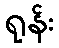
ရုန်း